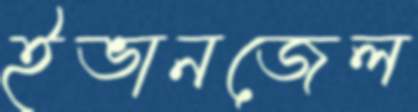
ইভানজেল